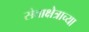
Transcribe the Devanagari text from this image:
सेवाक्षेत्राच्या